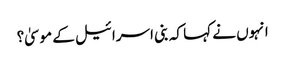
انہوں نے کہا کہ بنی اسرائیل کے موسیٰ؟